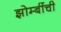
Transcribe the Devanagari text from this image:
झोम्बींची